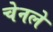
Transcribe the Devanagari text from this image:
चेनले